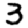
Digit: 3